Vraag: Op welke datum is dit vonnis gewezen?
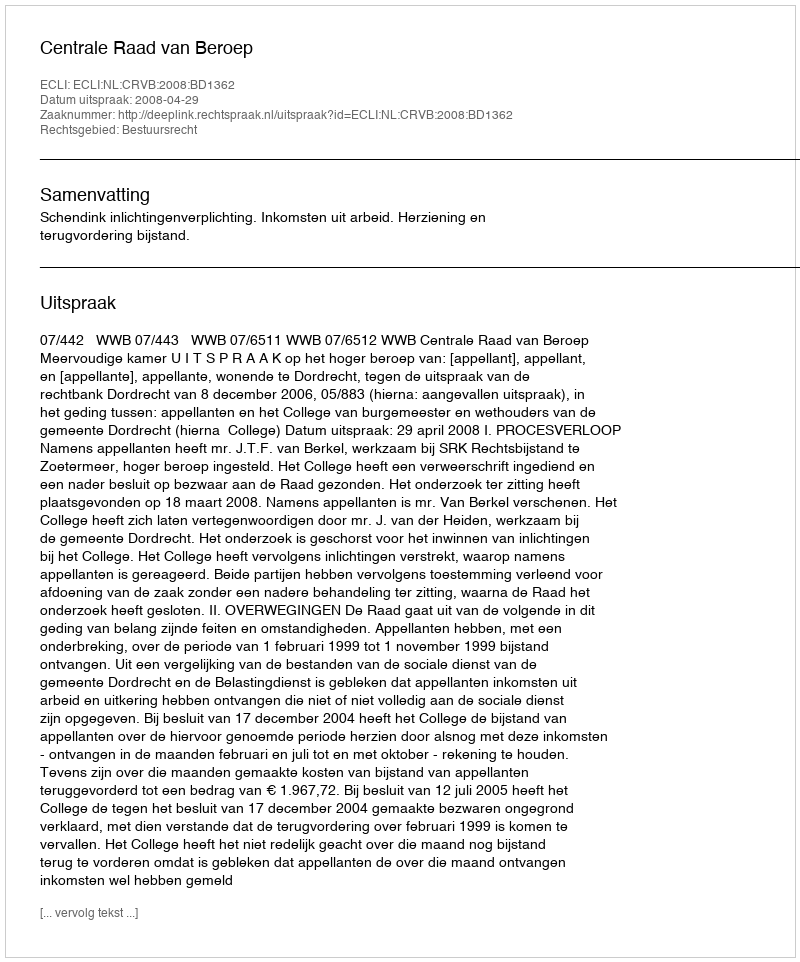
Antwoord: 2008-04-29